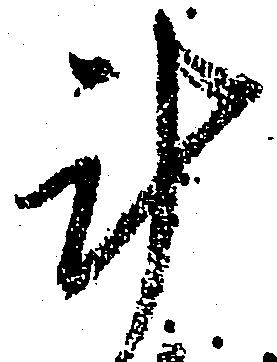
計